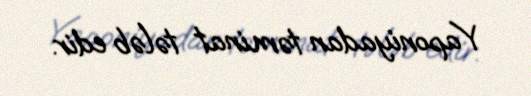
Yaponiyadan təminat tələb edir.